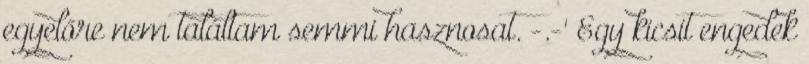
egyelőre nem találtam semmi hasznosat. -.-' Egy kicsit engedek